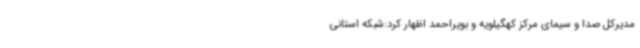
مدیرکل صدا و سیمای مرکز کهگیلویه و بویراحمد اظهار کرد:شبکه استانی